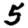
Digit: 5